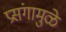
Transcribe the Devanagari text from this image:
प्रसंगामुळे